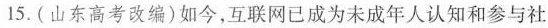
15.(山东高考改编)如今，互联网已成为未成年人认知和参与社